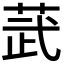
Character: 𫈓